Report on sanitation, dispensaries, and jails in Rajputana for 1911, and on vaccination for the year 1911-1912 - 1911-1912
Year: 1911
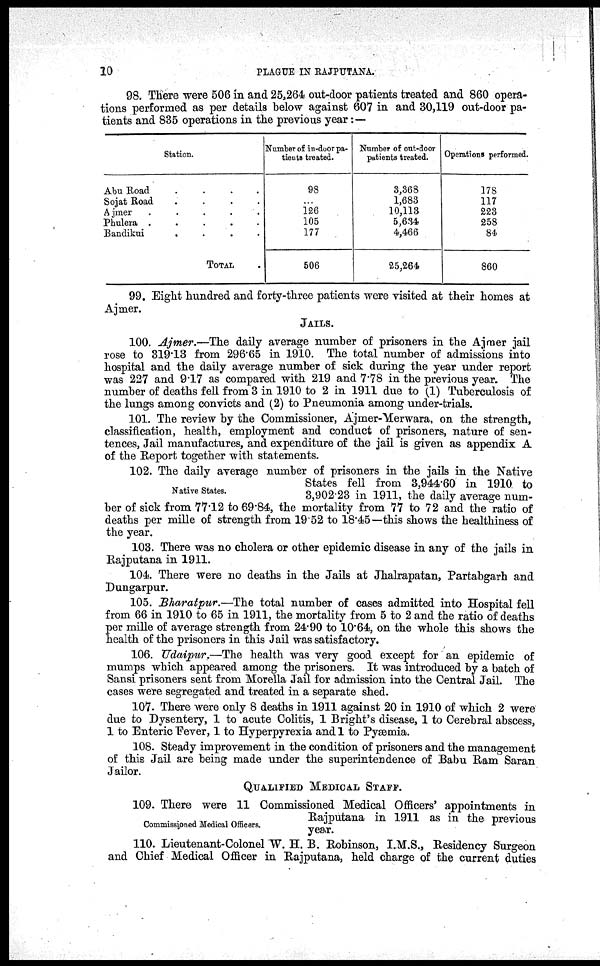
10
PLAGUE IN RAJPUTANA.
98. There were 506 in and 25,264 out-door patients treated and 860 opera-
tions performed as per details below against 607 in and 30,119 out-door pa-
tients and 835 operations in the previous year: —
Station.
Abu Road
.
.
.
.
Sojat Road
.
.
.
.
Ajmer
.
.
.
.
Phulera
.
.
.
.
Bandikui
.
.
.
.
TOTAL .
Number of in-door pa-
tients treated.
98
126
105
177
506
Number of out-door
patients treated.
3,368
1,683
10,113
5,634
4,466
25,264
Operations performed.
178
117
223
258
84
860
99. Eight hundred and forty-three patients were visited at their homes at
Ajmer.
JAILS.
100. Ajmer.—The daily average number of prisoners in the Ajmer jail
rose to 319.13 from 296.65 in 1910. The total number of admissions into
hospital and the daily average number of sick during the year under report
was 227 and 9.17 as compared with 219 and 7.78 in the previous year. The
number of deaths fell from 3 in 1910 to 2 in 1911 due to (1) Tuberculosis of
the lungs among convicts and (2) to Pneumonia among under-trials.
101. The review by the Commissioner, Ajmer-Merwara, on the strength,
classification, health, employment and conduct of prisoners, nature of sen-
tences, Jail manufactures, and expenditure of the jail is given as appendix A
of the Report together with statements.
Native States.
102. The daily average number of prisoners in the jails in the Native
States fell from 3,944.60 in 1910 to
3,902.23 in 1911, the daily average num-
ber of sick from 77.12 to 69.84, the mortality from 77 to 72 and the ratio of
deaths per mille of strength from 19.52 to 18.45—this shows the healthiness of
the year.
103. There was no cholera or other epidemic disease in any of the jails in
Rajputana in 1911.
104. There were no deaths in the Jails at Jhalrapatan, Partabgarh and
Dungarpur.
105. Bharatpur.—The total number of cases admitted into Hospital fell
from 66 in 1910 to 65 in 1911, the mortality from 5 to 2 and the ratio of deaths
per mille of average strength from 24.90 to 10.64, on the whole this shows the
health of the prisoners in this Jail was satisfactory.
106. Udaipur.—The health was very good except for an epidemic of
mumps which appeared among the prisoners. It was introduced by a batch of
Sansi prisoners sent from Morella Jail for admission into the Central Jail. The
cases were segregated and treated in a separate shed.
107. There were only 8 deaths in 1911 against 20 in 1910 of which 2 were
due to Dysentery, 1 to acute Colitis, 1 Bright's disease, 1 to Cerebral abscess,
1 to Enteric Fever, 1 to Hyperpyrexia and 1 to Pyæmia.
108. Steady improvement in the condition of prisoners and the management
of this Jail are being made under the superintendence of Babu Ram Saran
Jailor.
QUALIFIED MEDICAL STAFF.
Commissioned Medical Officers.
109. There were 11 Commissioned Medical Officers' appointments in
Rajputana in 1911 as in the previous
year.
110. Lieutenant-Colonel W. H. B. Robinson, I.M.S., Residency Surgeon
and Chief Medical Officer in Rajputana, held charge of the current duties